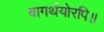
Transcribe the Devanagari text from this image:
वागर्थयोरपि॥